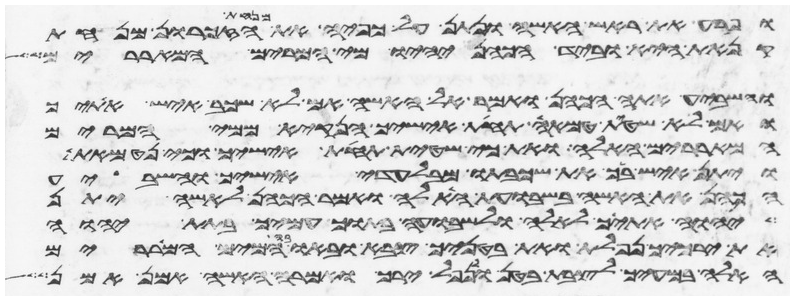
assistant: ופרע את ראש האשה ונתן על כפיה את מנחת הזכרון מנחת
קנאת היא וביד הכהן יהיו מי המרים המאררים
והשביע אתה הכהן ואמר אל האשה אם לא שכב איש אתיך
ואם לא שטית טמאה תחת אישיך הנקי ממי המרים
המאררים האלה ואת כי שטית תחת אישיך וכי נטמאת
ויתן איש ביך את שכבתו מבלעדי אישיך והשביע
הכהן את האשה בשבועת האלה ואמר הכהן לאשה יתן
יהוה אתיך לאלה ולשבועה בתוך עמיך בתת יהוה
את ירכיך נפלת ואת בטניך צבא ובאו המים המאררים
האלה במעיך לצבת בטן ולנפל ירך ואמרה האשה אמן אמן